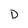
Character: D